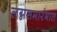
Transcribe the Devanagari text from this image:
लग्नसमारंभात